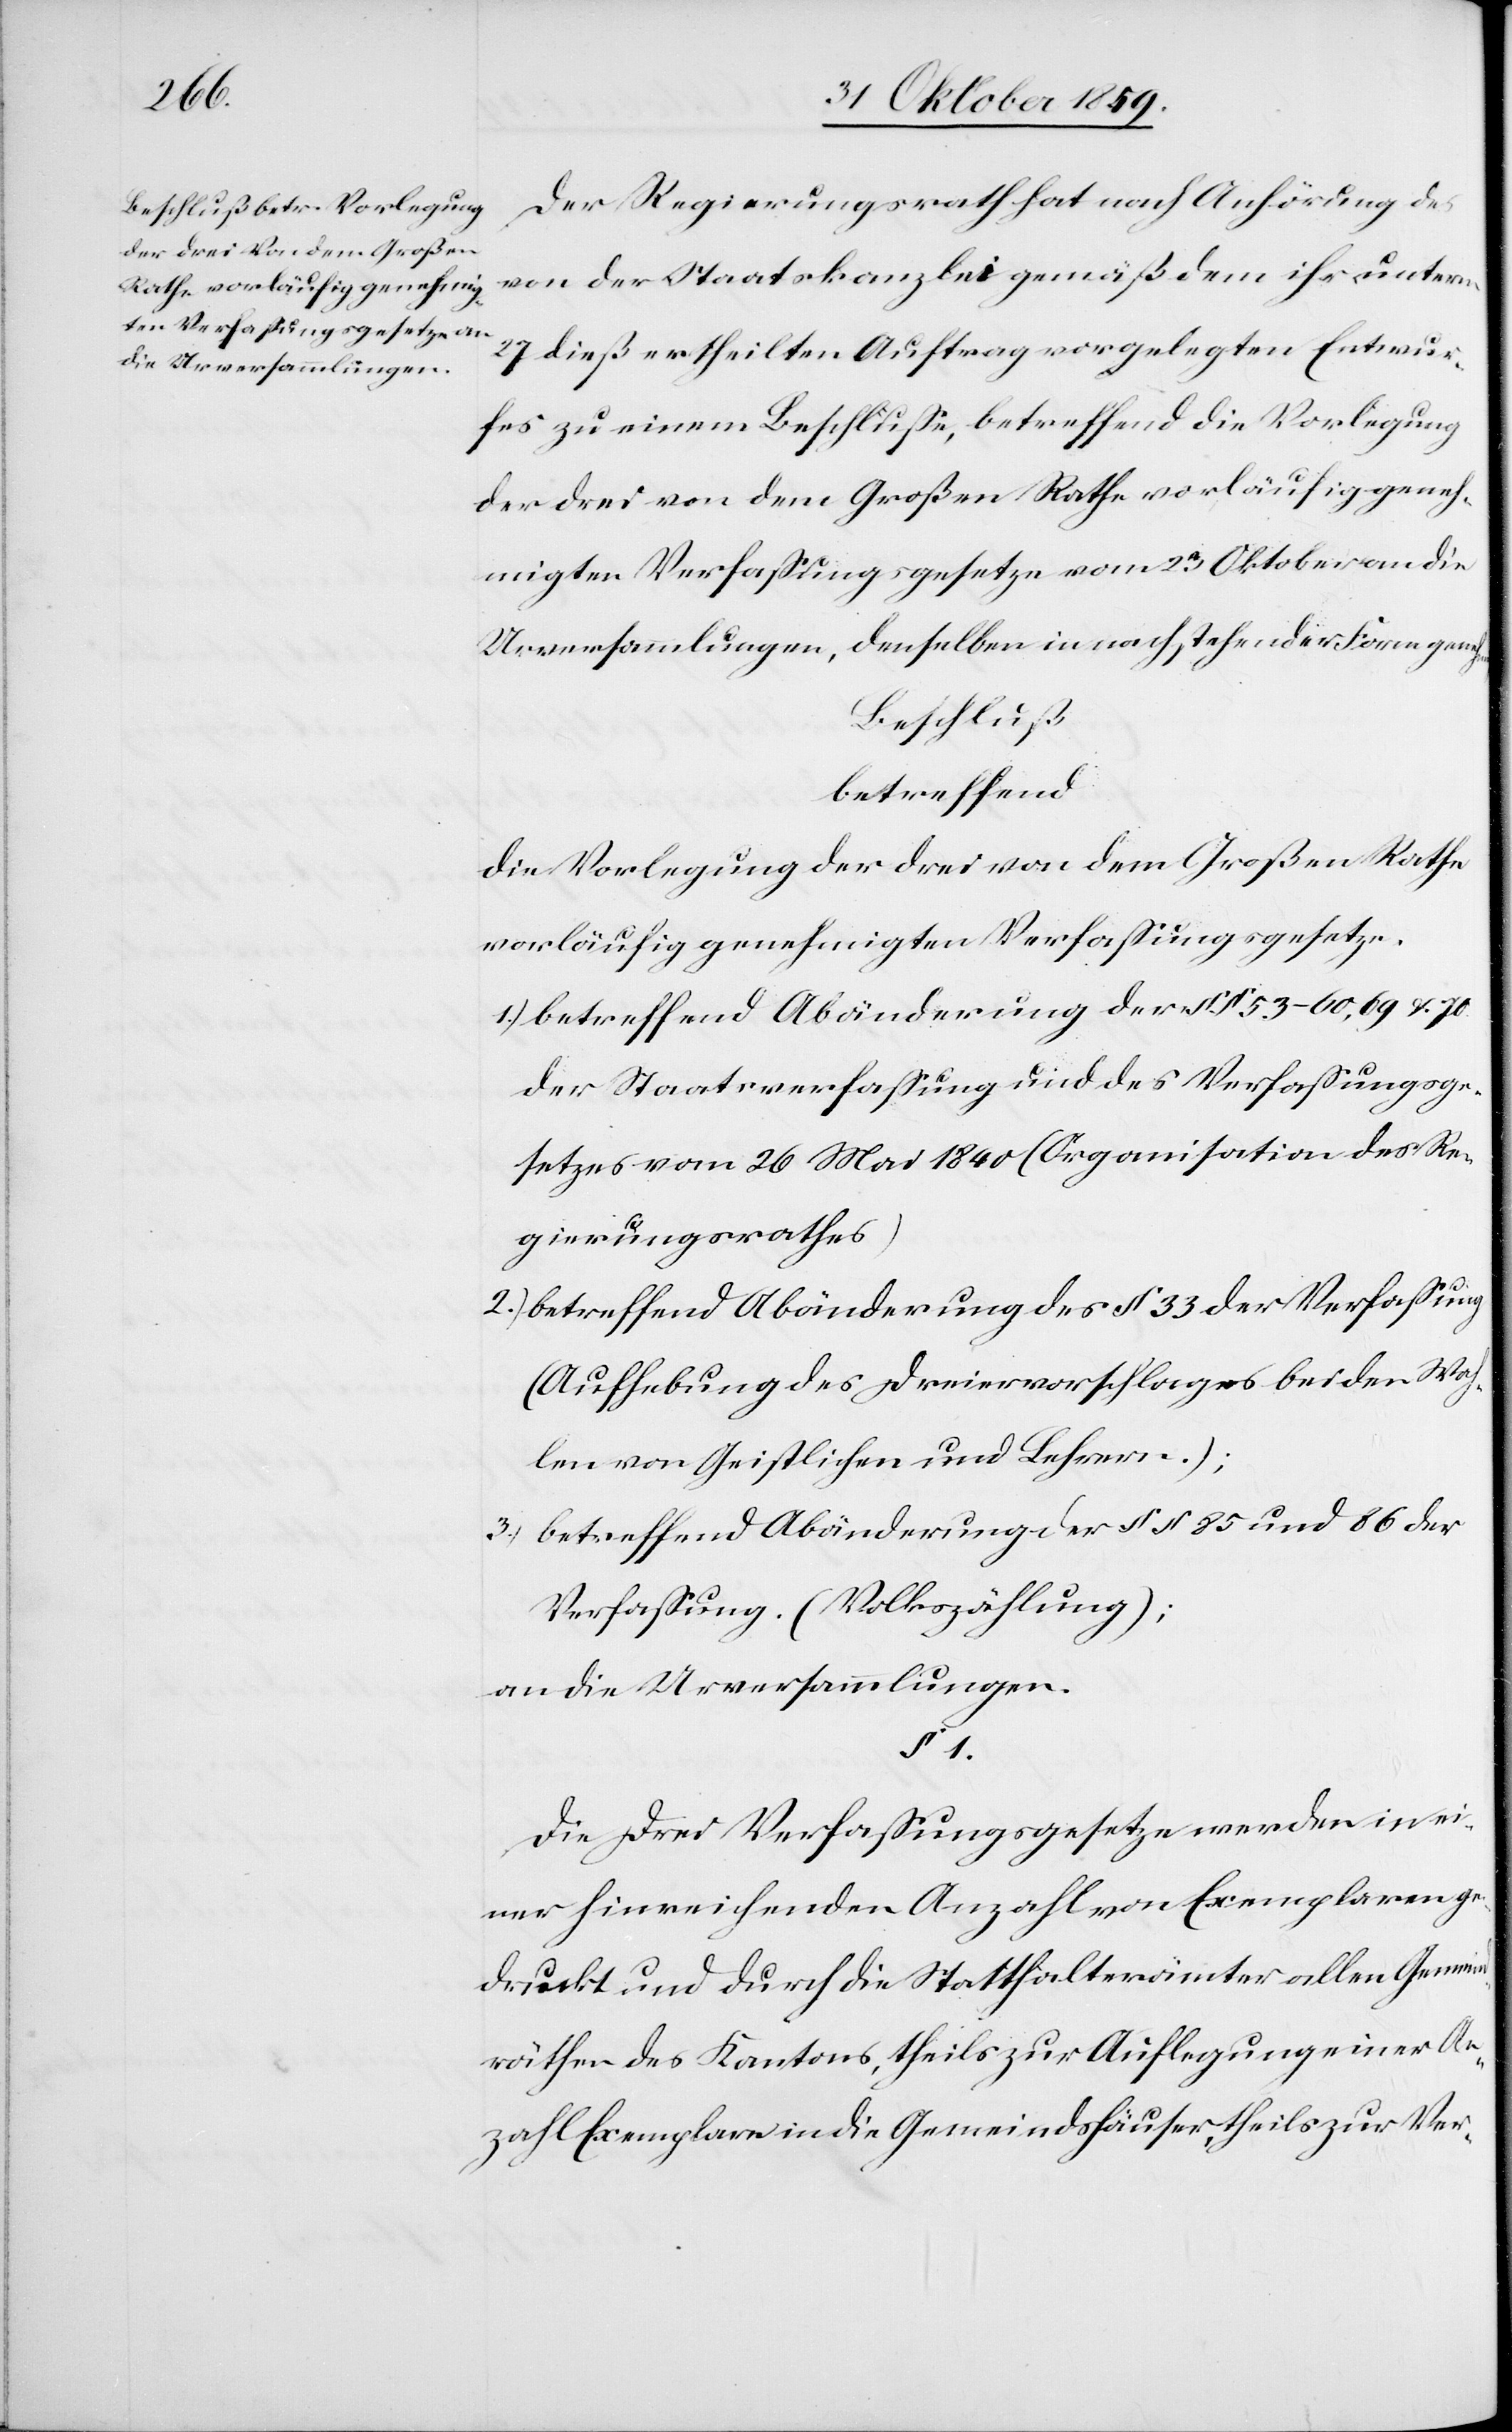
Der Regierungsrath hat nach Anhörung des
von der Staatskanzlei gemäß dem ihr unterm
27 dieß ertheilten Auftrag vorgelegten Entwur¬
fes zu einem Beschluße, betreffend die Vorlegung
der drei von dem Großen Rathe vorläufig geneh¬
migten Verfaßungsgesetze vom 23 Oktober an die
denselben in nachstehender Form gene¬
Urversammlungen,
Beschluß
betreffend:
die Vorlegung der drei von dem Großen Rathe
vorläufig genehmigten Verfaßungsgesetze.
1.) betreffend Abänderung der §§ 53–60,69 u. 70
der Staatsverfaßung und des Verfaßungsge¬
setzes vom 26 Mai 1840 (Organisation des Re¬
gierungsrathes)
2.) betreffend Abänderung der § 33 der Verfaßung
(Aufhebung des Dreiervorschlages bei den Wah¬
len von Geistlichen und Lehrern.);
3.) betreffend Abänderung der §§ 85 und 86 der
Verfaßung. (Volkszählung);
an die Urversammlungen.
1.
Die drei Verfaßungsgesetze werden in ei¬
ner hinreichenden Anzahl von Exemplaren ge¬
druckt und durch die Statthalterämter allen Gemeind¬
räthen des Kantons, theils zur Auflegung einer An¬
zahl Exemplare in die Gemeindshäuser, theils zur Ver-